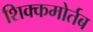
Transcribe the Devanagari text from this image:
शिक्कमोर्तब